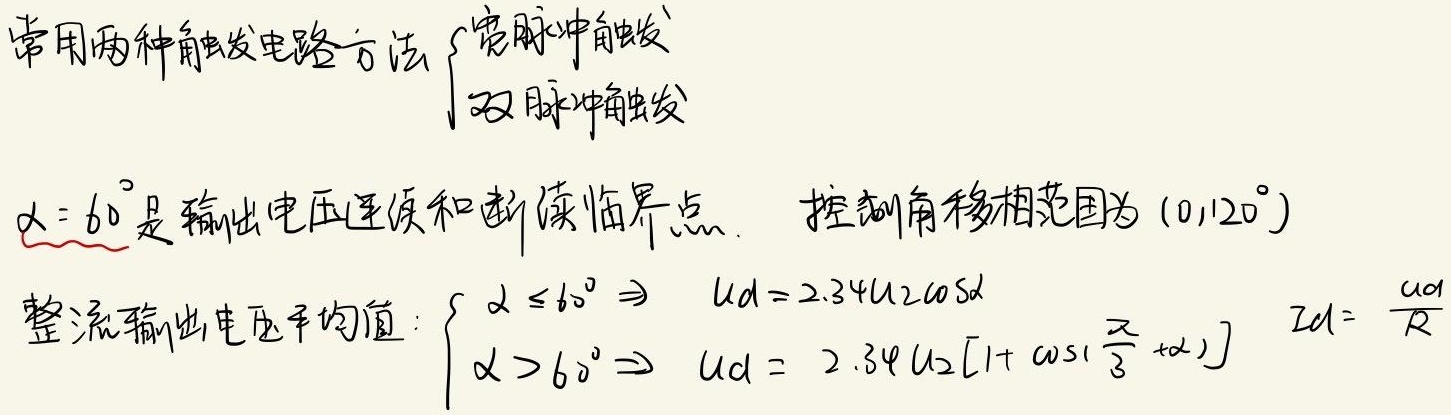
常用两种触发电路方法：
\(\begin{cases}
\text{宽脉冲触发} \\
\text{双脉冲触发}
\end{cases}\)

\(\alpha = 60^{\circ}\)是输出电压连续和断续临界点。控制角移相范围为\((0,120^{\circ})\)。整流输出电压平均值：
\(\begin{cases}
\alpha \leq 60^{\circ} \Rightarrow U_d = 2.34U_2\cos\alpha \\
\alpha > 60^{\circ} \Rightarrow U_d = 2.34U_2\left[1 + \cos\left(\frac{\pi}{3} + \alpha\right)\right]
\end{cases}\)

\(I_d = \frac{U_d}{R}\)